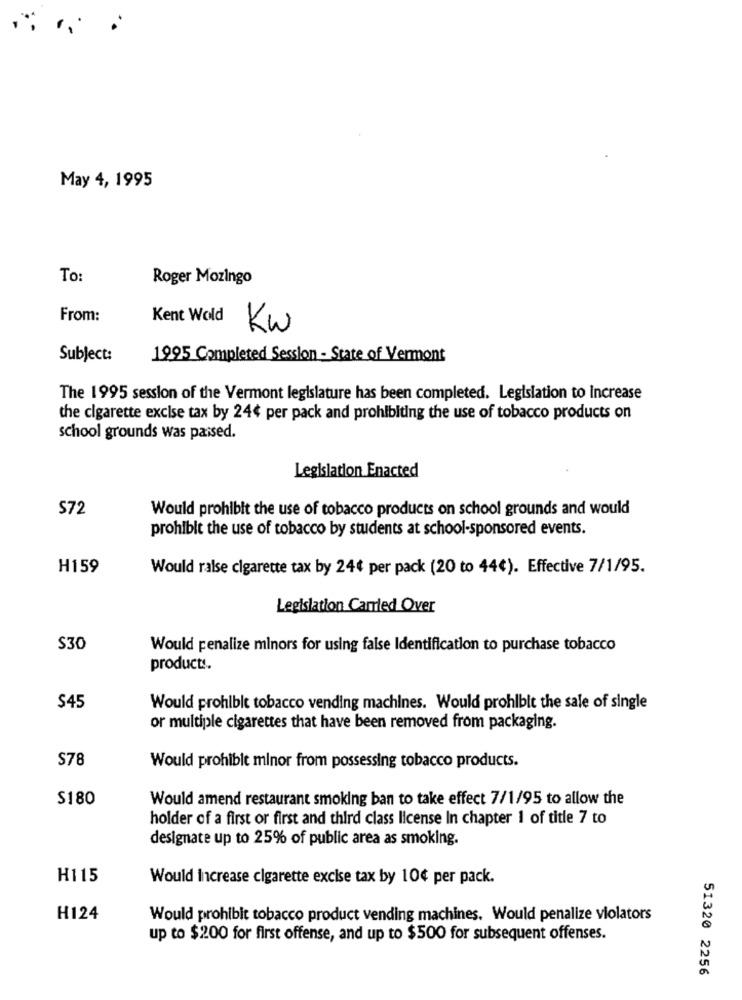
May 4, 1995
To:
Roger Mozingo
From:
Kent Wold
Kw
Subject:
1995 Completed Session - State of Vermont
The 1995 session of the Vermont legislature has been completed. Legislation to Increase
the cigarette excise tax by 24¢ per pack and prohibiting the use of tobacco products on
school grounds was paised.
Legislation Enacted
S72
Would prohibit the use of tobacco products on school grounds and would
prohibit the use of tobacco by students at school-sponsored events.
H159
Would ralse cigarette tax by 24¢ per pack (20 to 44€). Effective 7/1/95.
Legislation Carried Over
S30
Would penalize minors for using false Identification to purchase tobacco
products.
$45
Would prohibit tobacco vending machines. Would prohibit the sale of single
or multiple cigarettes that have been removed from packaging.
S78
Would prohibit minor from possessing tobacco products.
$180
Would amend restaurant smoking ban to take effect 7/1/95 to allow the
holder of a first or first and third class license In chapter 1 of title 7 to
designate up to 25% of public area as smoking.
H115
Would Increase cigarette excise tax by 10¢ per pack.
H124
Would prohibit tobacco product vending machines. Would penalize violators
up to $200 for first offense, and up to $500 for subsequent offenses.
51320 2256